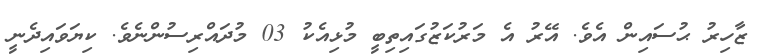
ޒާހިރު ޙުސައިން އެވެ. އޭރު އެ މަރުކަޒުގައިތިބީ މުޅިއެކު 03 މުދައްރިސުންނެވެ. ކިޔަވައިދެނީ